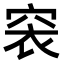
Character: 𥥴